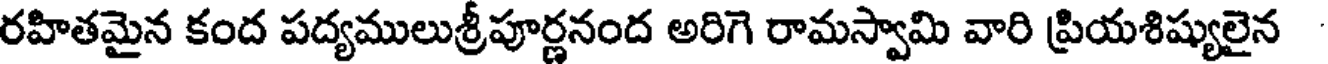
రహితమైన కంద పద్యములుశ్రీపూర్ణనంద అరిగె రామస్వామి వారి ప్రియశిష్యులైన